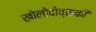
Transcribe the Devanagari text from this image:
खोलोदोव्सकी